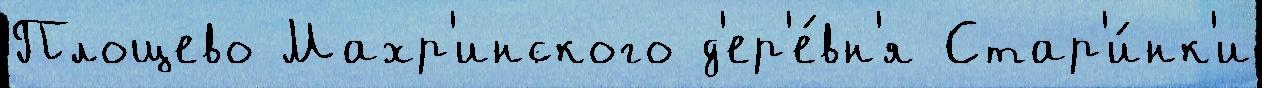
Площево Махр'инского д'ер'е́вн'я Стар'и́нк'и